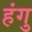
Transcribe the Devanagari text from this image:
हंगु